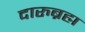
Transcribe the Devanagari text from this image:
दारुब्रह्म